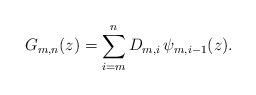
LaTeX: \begin{align*}G_{m,n}(z)=\sum^n_{i=m}D_{m,i}\,\psi_{m,i-1}(z).\end{align*}